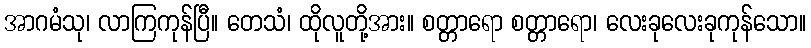
အာဂမံသု၊ လာကြကုန်ပြီ။ တေသံ၊ ထိုလူတို့အား။ စတ္တာရော စတ္တာရော၊ လေးခုလေးခုကုန်သော။